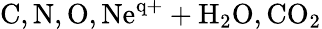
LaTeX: \mathrm{C,N,O,Ne^{q+}+H_{2}O,CO_{2}}